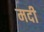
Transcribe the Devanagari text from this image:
मदी